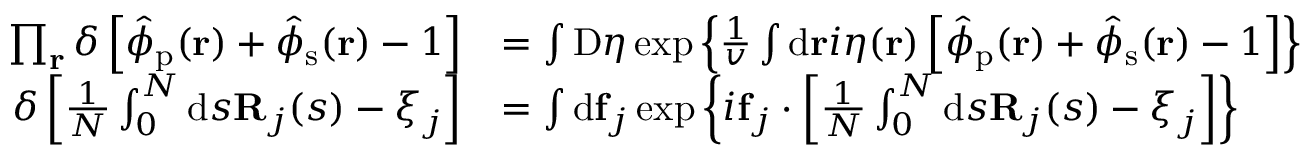
\begin{array} { r l } { \prod _ { \mathbf { r } } \delta \left[ \hat { \phi } _ { \mathrm { p } } ( \mathbf { r } ) + \hat { \phi } _ { \mathrm { s } } ( \mathbf { r } ) - 1 \right] } & { = \int \mathrm { D } \eta \exp \left\{ \frac { 1 } { v } \int \mathrm { d } \mathbf { r } i \eta ( \mathbf { r } ) \left[ \hat { \phi } _ { \mathrm { p } } ( \mathbf { r } ) + \hat { \phi } _ { \mathrm { s } } ( \mathbf { r } ) - 1 \right] \right\} } \\ { \delta \left[ \frac { 1 } { N } \int _ { 0 } ^ { N } \mathrm { d } s \mathbf { R } _ { j } ( s ) - \boldsymbol { \xi } _ { j } \right] } & { = \int \mathrm { d } \mathbf { f } _ { j } \exp \left\{ i \mathbf { f } _ { j } \cdot \left[ \frac { 1 } { N } \int _ { 0 } ^ { N } \mathrm { d } s \mathbf { R } _ { j } ( s ) - \boldsymbol { \xi } _ { j } \right] \right\} } \end{array}